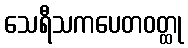
သေရီသကပေတဝတ္ထု